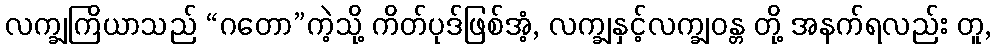
လက္ချကြိယာသည် “ဂတော”ကဲ့သို့ ကိတ်ပုဒ်ဖြစ်အံ့, လက္ချနှင့်လက္ချဝန္တ တို့ အနက်ရလည်း တူ,